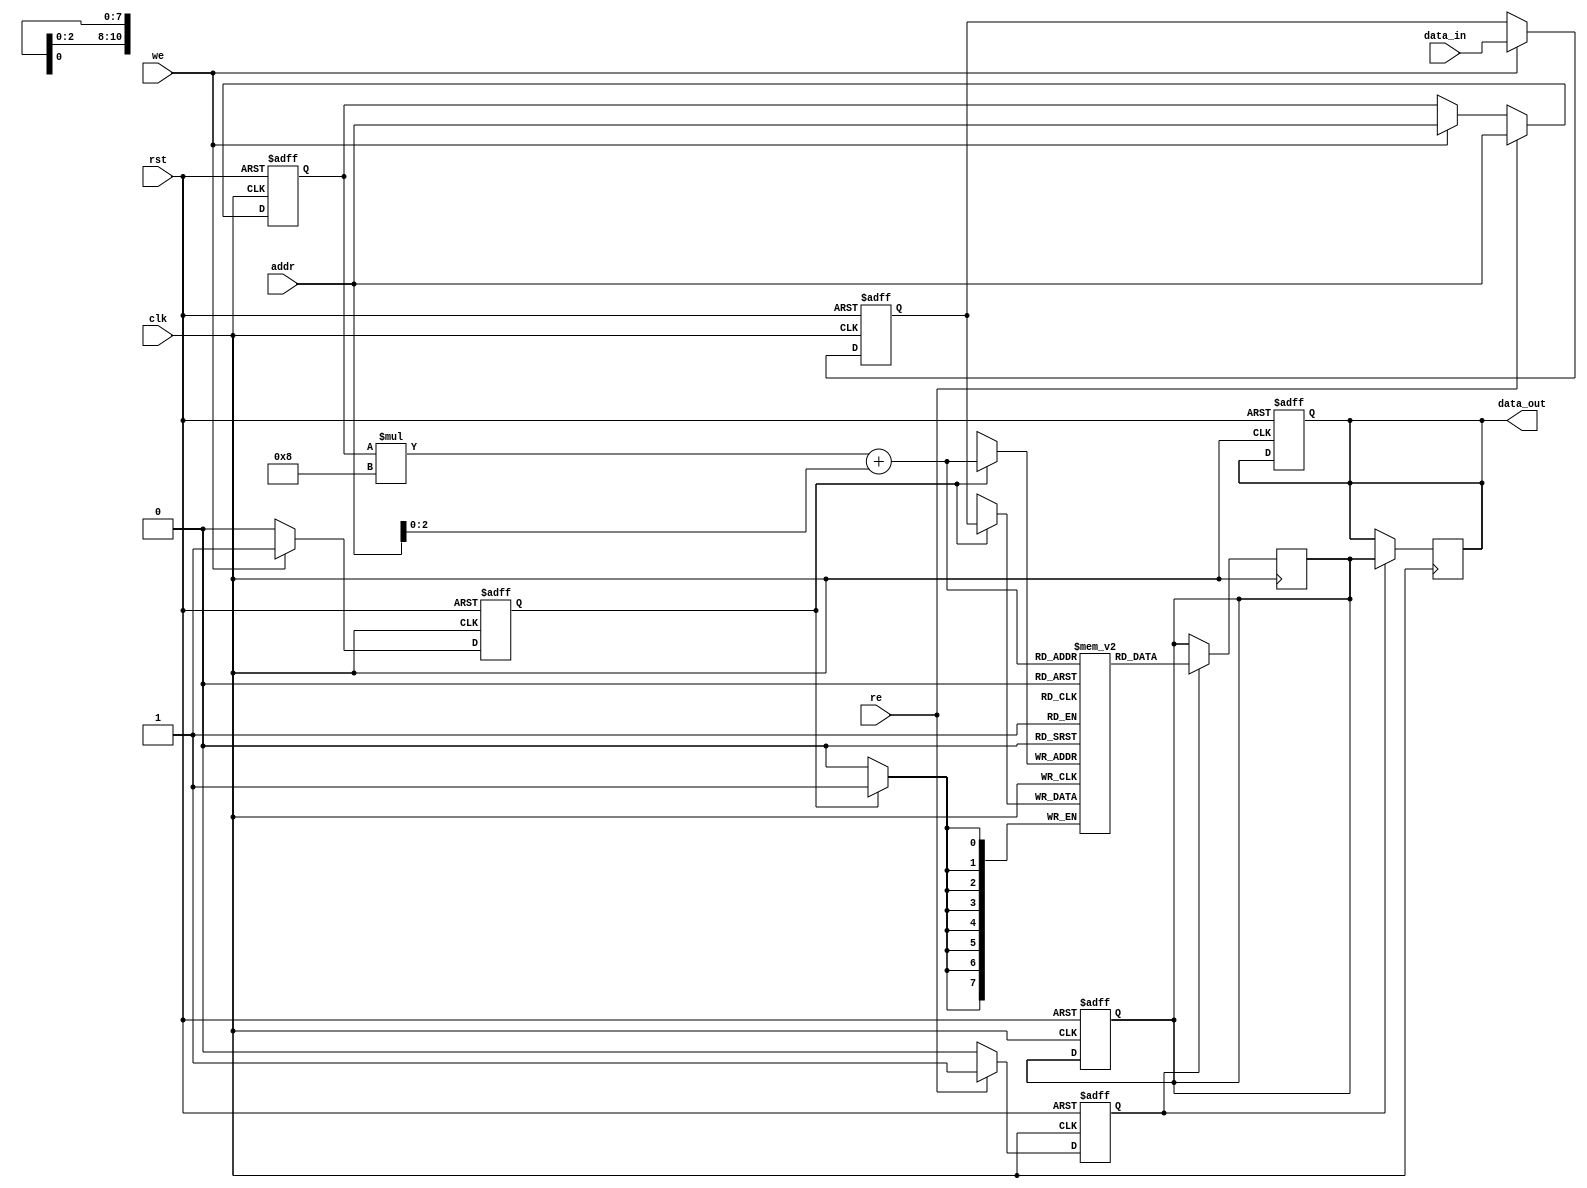
module pipeline_sram #(
    parameter DATA_WIDTH = 8,
    parameter ADDRESS_WIDTH = 8,
    parameter NUM_ROWS = 256,
    parameter NUM_COLS = 8
) (
    input wire clk,
    input wire rst,
    input wire we, // Write enable
    input wire re, // Read enable
    input wire [ADDRESS_WIDTH-1:0] addr, // Address bus
    input wire [DATA_WIDTH-1:0] data_in, // Data input
    output reg [DATA_WIDTH-1:0] data_out // Data output
);

// Memory array (2D)
reg [DATA_WIDTH-1:0] memory [0:NUM_ROWS-1][0:NUM_COLS-1];

// Pipeline registers
reg [DATA_WIDTH-1:0] pipeline_data_in;
reg [DATA_WIDTH-1:0] pipeline_data_out;
reg [ADDRESS_WIDTH-1:0] pipeline_addr;
reg pipeline_we, pipeline_re;

// Address decoder
wire [ADDRESS_WIDTH-1:0] row_addr;
wire [ADDRESS_WIDTH-1:0] col_addr;

assign row_addr = addr; // Directly using address for simplicity
assign col_addr = addr[2:0]; // Example of using lower bits for column selection

// Control logic for pipelining
always @(posedge clk or posedge rst) begin
    if (rst) begin
        pipeline_data_in <= 0;
        pipeline_data_out <= 0;
        pipeline_addr <= 0;
        pipeline_we <= 0;
        pipeline_re <= 0;
        data_out <= 0;
    end else begin
        // Pipeline stage for writing
        if (we) begin
            pipeline_data_in <= data_in;
            pipeline_addr <= row_addr;
            pipeline_we <= 1;
        end else begin
            pipeline_we <= 0;
        end
        
        // Pipeline stage for reading
        if (re) begin
            pipeline_addr <= row_addr;
            pipeline_re <= 1;
        end else begin
            pipeline_re <= 0;
        end
    end
end

// Memory write process
always @(posedge clk) begin
    if (pipeline_we) begin
        memory[pipeline_addr][col_addr] <= pipeline_data_in;
    end
end

// Memory read process
always @(posedge clk) begin
    if (pipeline_re) begin
        pipeline_data_out <= memory[pipeline_addr][col_addr];
        data_out <= pipeline_data_out; // Assign output with a delay (simulate pipeline)
    end
end

endmodule